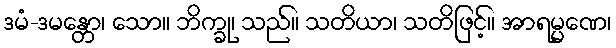
ဒမံ-ဒမန္တော၊ သော။ ဘိက္ခု၊ သည်။ သတိယာ၊ သတိဖြင့်။ အာရမ္မဏေ၊